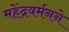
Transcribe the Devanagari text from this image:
महेंद्रवर्मनने